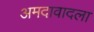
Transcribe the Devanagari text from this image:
अमदावादला